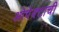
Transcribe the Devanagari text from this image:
ओपेक्टाची